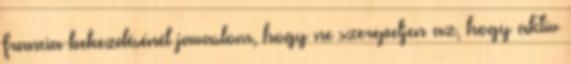
francia bekezdésénél javaslom, hogy ne szerepeljen az, hogy aktív